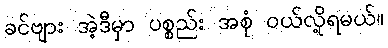
ခင်ဗျား အဲ့ဒီမှာ ပစ္စည်း အစုံ ဝယ်လို့ရမယ်။